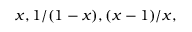
x , 1 / ( 1 - x ) , ( x - 1 ) / x ,